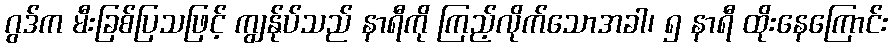
ဂွဒ်က မီးခြစ်ပြသဖြင့် ကျွန်ုပ်သည် နာရီကို ကြည့်လိုက်သောအခါ၊ ၅ နာရီ ထိုးနေကြောင်း